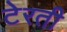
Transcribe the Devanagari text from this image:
टेरती